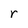
Character: r